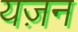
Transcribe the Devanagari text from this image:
यज़न